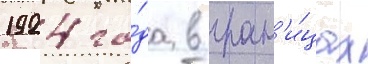
1924 го́да в гран'и́цах